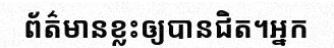
ព័ត៌មានខ្លះឲ្យបានជិត។អ្នក